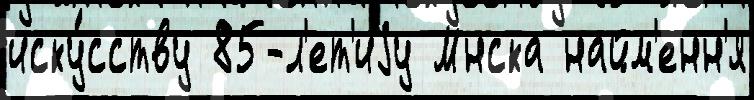
иску́сству 85-л'ет'иjу Мнска найм'енн'я